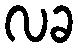
လခ